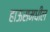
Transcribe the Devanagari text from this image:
हाऊसमधील